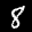
Label: 8